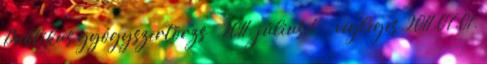
Publikus gyógyszertörzs – 2011. július 1. - végleges 2011.07.01.